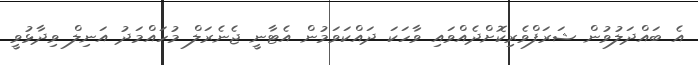
އެ ބައްދަލުވުން ޝަރަފްވެރިކޮށްދެއްވައި ވާހަކަ ދައްކަވަމުން އެޓާނީ ޖެނެރަލް މުހައްމަދު އަނިލް ވިދާޅުވީ